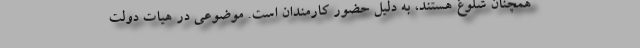
همچنان شلوغ هستند، به دلیل حضور کارمندان است. موضوعی در هیات دولت